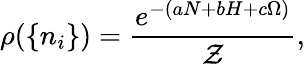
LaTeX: \rho(\{ n_{i}\} )=\frac{e^{-(aN+bH+c\Omega)}}{\mathcal{Z}},